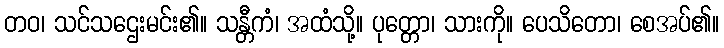
တဝ၊ သင်သဌေးမင်း၏။ သန္တီကံ၊ အထံသို့။ ပုတ္တော၊ သားကို။ ပေသိတော၊ စေအပ်၏။